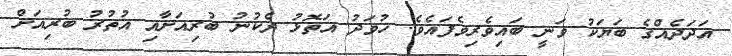
އަދަދެއްގެ ބަޔަކު ވަނީ ބައިވެރިވެފައެވެ. ހުވަދު އަތޮޅު ދެކުނު ބުރިއަށާއި އުތުރު ބުރިއަށް